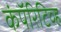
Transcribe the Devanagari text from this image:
कंपॅरिटिव्ह